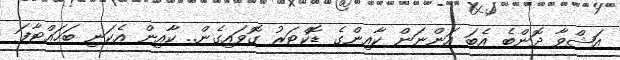
އަޝްވާ ދޮންބެ އެބަ އަންނަން ކާއިންގެ ޑޮކްޓަރު ގޮވައިގެން.. ކާއިން އެކަނި ބަހައްޓާފަ